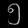
Digit: ၅